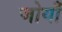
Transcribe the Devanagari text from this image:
जोयाँ